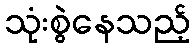
သုံးစွဲနေသည့်